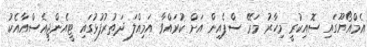
އެމްއޯޔޫގައި ސޮއިކުރީ މިހާރު މަރޭ ސްޕެއިން އަށް ކުރައްވާ އަމިއްލަ ދަތުރުފުޅުގައި ޓީއެންޖީއެސްއާއެކު